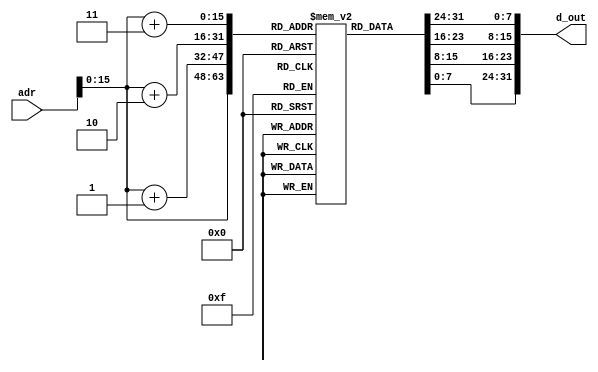

module instmem_jal (adr, d_out);
  input [31:0] adr;
  output [31:0] d_out;
  
  reg [7:0] mem[0:65535];
  
  initial
  begin
    {mem[3], mem[2], mem[1], mem[0]}     = {6'h09, 5'd0, 5'd1, 16'd16};      //addi R1, R0, 3
    {mem[7], mem[6], mem[5], mem[4]}     = {6'h09, 5'd0, 5'd2, 16'd6};       //addi R2, R0, 6
    {mem[11], mem[10], mem[9], mem[8]}   = {6'h09, 5'd0, 5'd2, 16'd5};       //addi R2, R0, 5
    {mem[15], mem[14], mem[13], mem[12]} = {6'b000011,  26'd6};              //jump here and save mem[16] in R31
    {mem[19], mem[18], mem[17], mem[16]} = {6'h09, 5'd0, 5'd2, 16'd7};       //addi R2, R0, 7  //ignore
    {mem[23], mem[22], mem[21], mem[20]} = {6'h09, 5'd0, 5'd2, 16'd8};       //addi R2, R0, 8 //ignore
    {mem[27], mem[26], mem[25], mem[24]} = {6'h09, 5'd0, 5'd2, 16'd9};       //addi R2, R0, 9 //jump here 
    {mem[31], mem[30], mem[29], mem[28]} = {6'h09, 5'd31, 5'd2, 16'd0};      //addi R2, R31, 0 //see what saved in R31
    {mem[35], mem[34], mem[33], mem[32]} = {6'h2B, 5'd0, 5'd2, 16'd2000};    //SW R2, 2000(R0)
  end
  
  assign d_out = {mem[adr[15:0]+3], mem[adr[15:0]+2], mem[adr[15:0]+1], mem[adr[15:0]]};
  
endmodule